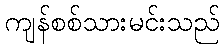
ကျန်စစ်သားမင်းသည်